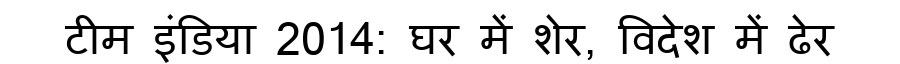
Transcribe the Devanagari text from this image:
टीम इंडिया 2014: घर में शेर, विदेश में ढेर